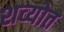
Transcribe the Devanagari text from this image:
शव्योत